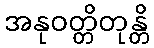
အနုဝတ္တိတုန္တိ